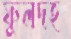
ফুলদহ